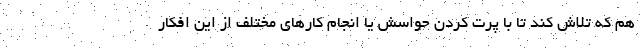
هم که تلاش کند تا با پرت کردن حواسش یا انجام کارهای مختلف از این افکار